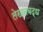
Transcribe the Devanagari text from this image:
लेखनबद्ध